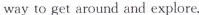
way to get around and explore.